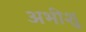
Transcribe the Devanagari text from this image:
अभीशु